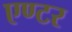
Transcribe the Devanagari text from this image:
एण्टर